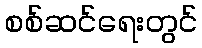
စစ်ဆင်ရေးတွင်